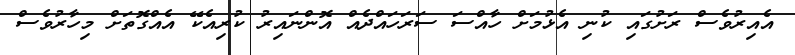
އެއިރުވެސް ރަށުގައި ކުނި އެޅުމަށް ހާއްސަ ސަރަހައްދެއް އޮންނައިރު ކުރިއެކޭ އެއްގޮތަށް މިހާރުވެސް